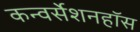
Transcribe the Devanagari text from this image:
कन्वर्सेशनहॉस